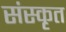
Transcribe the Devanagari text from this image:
संस्कृत